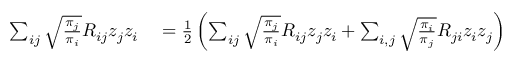
\begin{array} { r l } { \sum _ { i j } \sqrt { \frac { \pi _ { j } } { \pi _ { i } } } R _ { i j } z _ { j } z _ { i } } & { { } = \frac { 1 } { 2 } \left( \sum _ { i j } \sqrt { \frac { \pi _ { j } } { \pi _ { i } } } R _ { i j } z _ { j } z _ { i } + \sum _ { i , j } \sqrt { \frac { \pi _ { i } } { \pi _ { j } } } R _ { j i } z _ { i } z _ { j } \right) } \end{array}